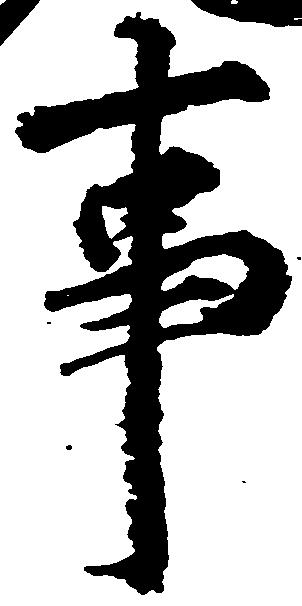
事